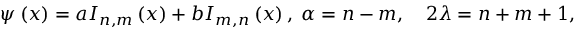
\psi \left( x \right) = a I _ { n , m } \left( x \right) + b I _ { m , n } \left( x \right) , \; \alpha = n - m , \quad 2 \lambda = n + m + 1 ,